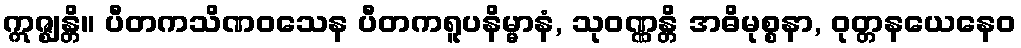
ဣဇ္ဈန္တိ။ ပီတကသိဏဝသေန ပီတကရူပနိမ္မာနံ, သုဝဏ္ဏန္တိ အဓိမုစ္စနာ, ဝုတ္တနယေနေဝ